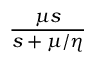
\frac { \displaystyle \mu s } { \displaystyle s + \mu / \eta }